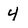
Character: 4